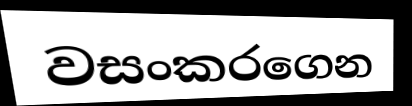
වසංකරගෙන